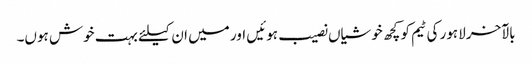
بالآخر لاہور کی ٹیم کو کچھ خوشیاں نصیب ہوئیں اور میں ان کیلئے بہت خوش ہوں۔